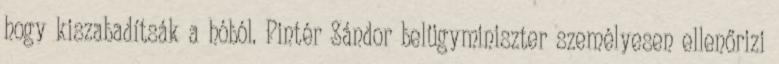
hogy kiszabadítsák a hóból. Pintér Sándor belügyminiszter személyesen ellenőrizi